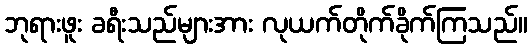
ဘုရားဖူး ခရီးသည်များအား လုယက်တိုက်ခိုက်ကြသည်။